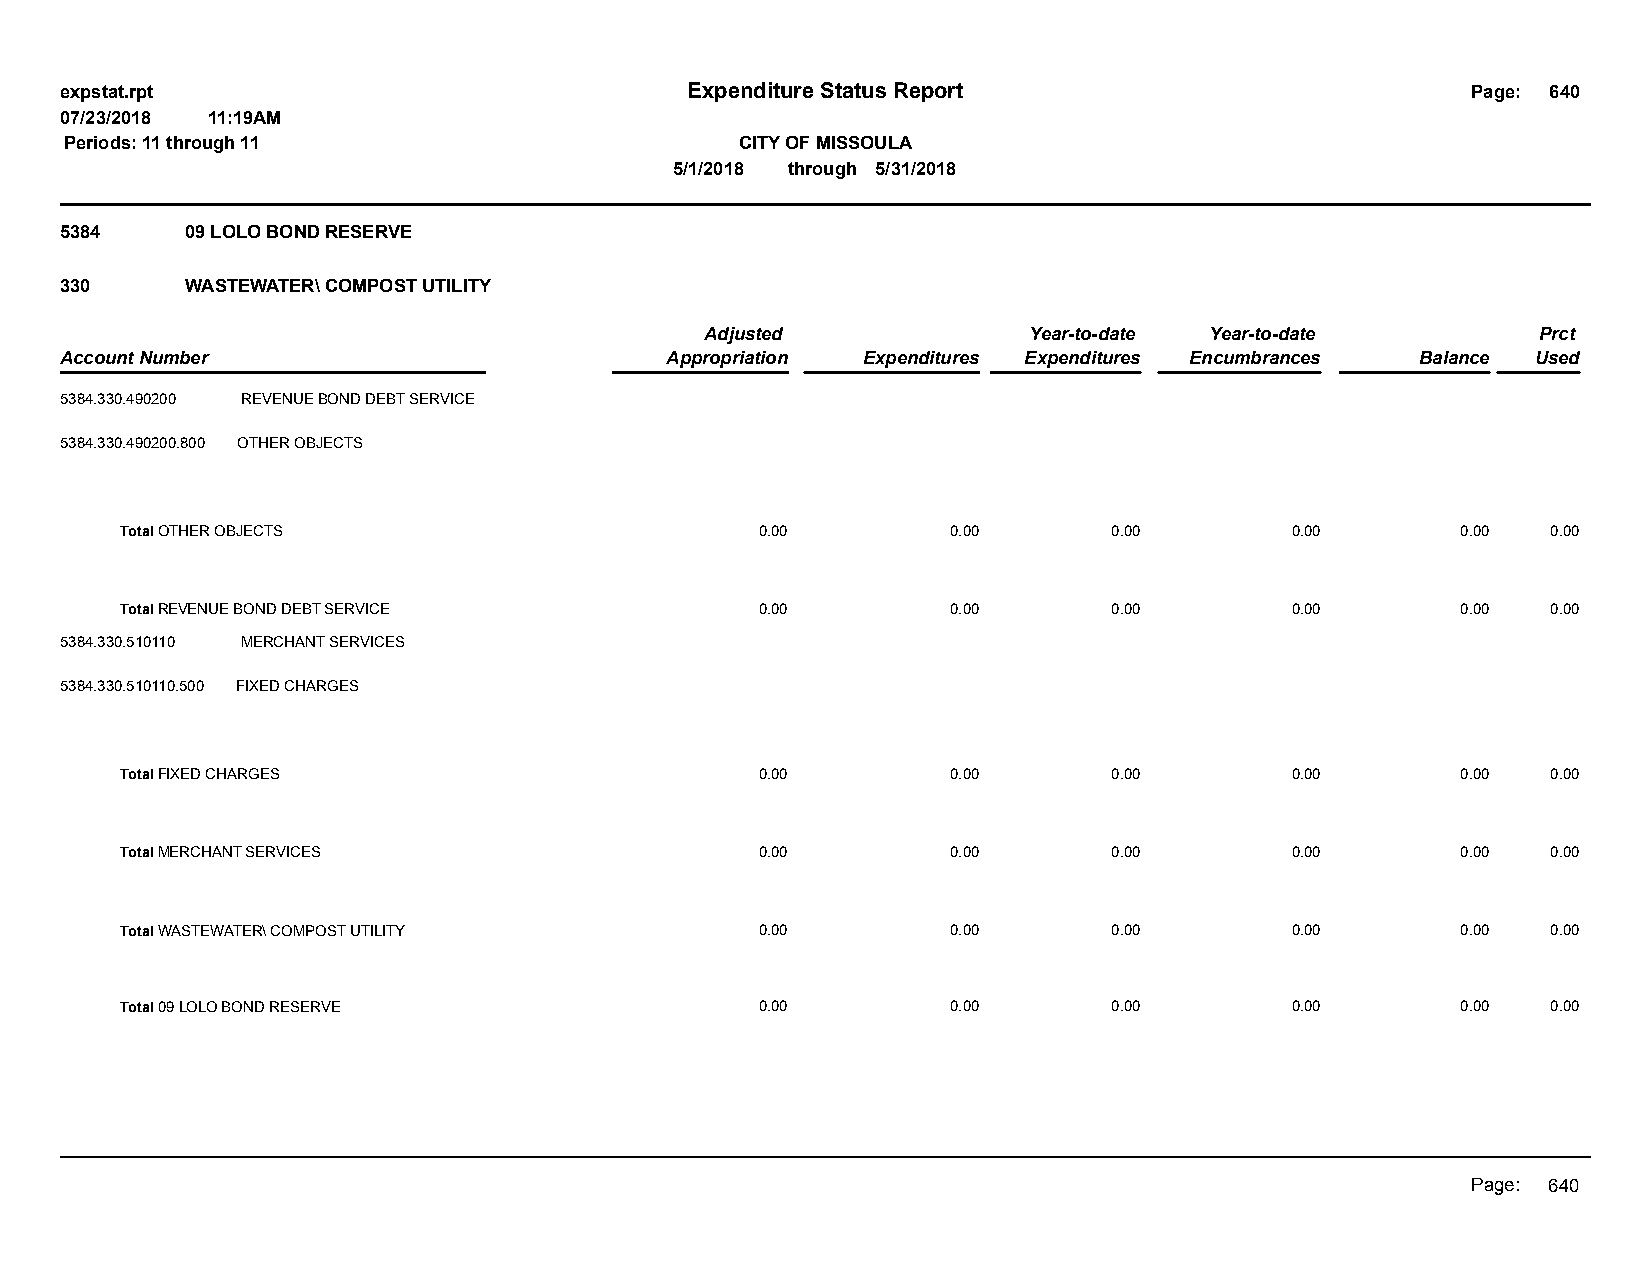
expstat.rpt                              Expenditure Status Report                           Page: 640
 07/23/2018 11:19AM
 Periods: 11 through 11                       CITY OF MISSOULA
 5/1/2018 through 5/31/2018
 5384    09 LOLO BOND RESERVE
 330     WASTEWATER\ COMPOST UTILITY
 Adjusted             Year-to-date Year-to-date         Prct
 Account Number                          Appropriation Expenditures Expenditures Encumbrances Balance Used
 5384.330.490200 REVENUE BOND DEBT SERVICE
 5384.330.490200.800 OTHER OBJECTS
 Total OTHER OBJECTS                       0.00         0.00       0.00       0.00        0.00  0.00
 Total REVENUE BOND DEBT SERVICE           0.00         0.00       0.00       0.00        0.00  0.00
 5384.330.510110 MERCHANT SERVICES
 5384.330.510110.500 FIXED CHARGES
 Total FIXED CHARGES                       0.00         0.00       0.00       0.00        0.00  0.00
 Total MERCHANT SERVICES                   0.00         0.00       0.00       0.00        0.00  0.00
 Total WASTEWATER\ COMPOST UTILITY         0.00         0.00       0.00       0.00        0.00  0.00
 Total 09 LOLO BOND RESERVE                0.00         0.00       0.00       0.00        0.00  0.00
 Page: 640